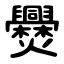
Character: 㸑